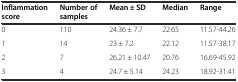
| Inflammation score | Number of samples | Mean ± SD | Median | Range |
 | --- | --- | --- | --- | --- |
 | 0 | 110 | 24.36 ± 7.7 | 22.65 | 11.57-44.26 |
 | 1 | 14 | 23 ± 7.2 | 22.12 | 11.57-38.17 |
 | 2 | 7 | 26.21 ± 10.47 | 20.76 | 16.69-45.92 |
 | 3 | 4 | 24.7 ± 5.14 | 24.23 | 18.92-31.41 |